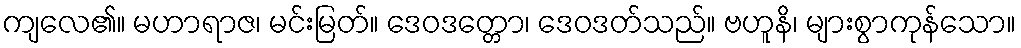
ကျလေ၏။ မဟာရာဇ၊ မင်းမြတ်။ ဒေဝဒတ္တော၊ ဒေဝဒတ်သည်။ ဗဟူနိ၊ များစွာကုန်သော။